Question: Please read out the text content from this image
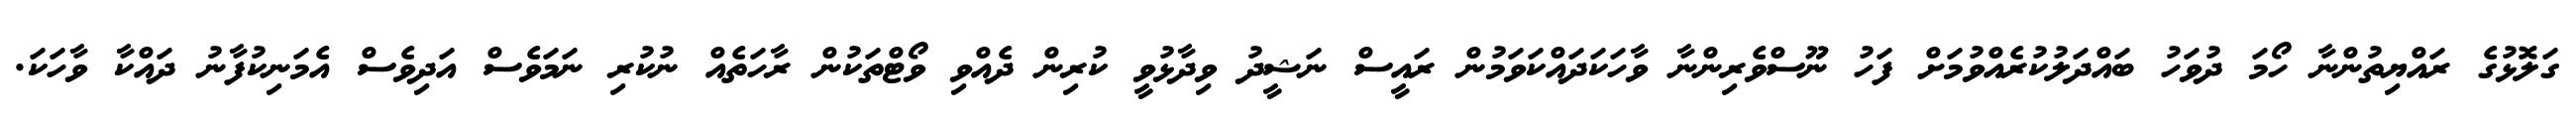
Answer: ގަލޮޅުގެ ރައްޔިތުންނާ ހޯމަ ދުވަހު ބައްދަލުކުރެއްވުމަށް ފަހު ނޫސްވެރިންނާ ވާހަކަދައްކަވަމުން ރައީސް ނަޝީދު ވިދާޅުވީ ކުރިން ދެއްވި ވޯޓްތަކުން ރާހަތެއް ނުކުރި ނަމަވެސް އަދިވެސް އެމަނިކުފާނު ދައްކާ ވާހަކަ.